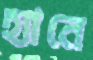
হ্যানে